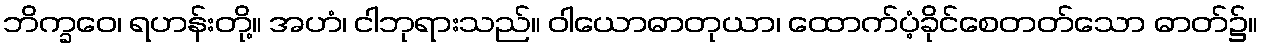
ဘိက္ခဝေ၊ ရဟန်းတို့။ အဟံ၊ ငါဘုရားသည်။ ဝါယောဓာတုယာ၊ ထောက်ပံ့ခိုင်စေတတ်သော ဓာတ်၌။